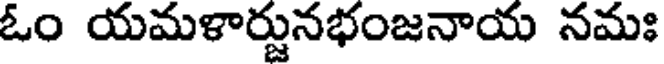
ఓం యమళార్జునభంజనాయ నమః